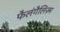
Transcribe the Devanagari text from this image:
फैलंगैलिज़्म